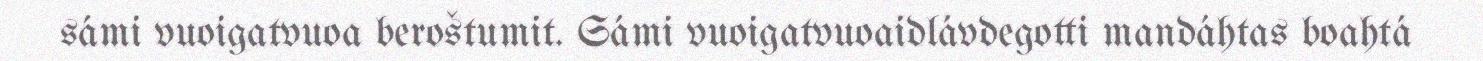
sámi vuoigatvuoa beroštumit. Sámi vuoigatvuoaidlávdegotti mandáhtas boahtá